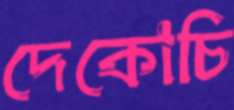
দেকোচি